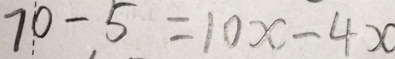
7 0 - 5 = 1 0 x - 4 x